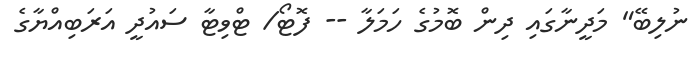
ނުލިބޭ" މަދީނާގައި ދިން ބޮމުގެ ހަމަލާ -- ފޮޓޯ/ ޓްވިޓާ ސައުދީ އަރަބިއްޔާގެ